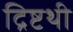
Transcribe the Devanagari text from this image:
द्रिष्टथी